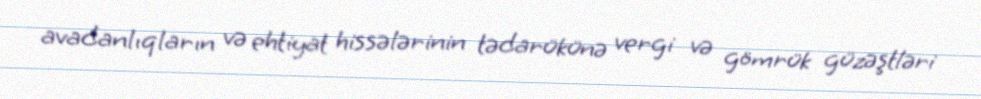
avadanlıqların və ehtiyat hissələrinin tədarükünə vergi və gömrük güzəştləri